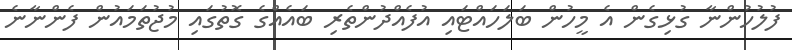
ފުލުހުންނާ ގުޅިގެން އެ މީހުން ބަލަހައްޓައި އުފެއްދުންތެރި ބައެއްގެ ގޮތުގައި މުޖުތަމައުން ފެންނާނެ